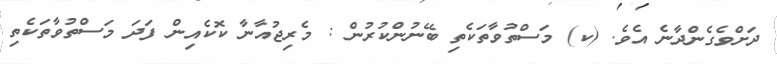
ދަށްވެގެންދާނެ އެވެ. (ކ) މަސްތުވާތަކެތި ބޭނުންކުރުން : މެރިޖުއާނާ ކޮކެއިން ފަދަ މަސްތުވާތަކެތި